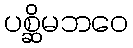
ပစ္ဆိမဘဝေ